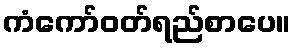
ကံကော်ဝတ်ရည်စာပေ။